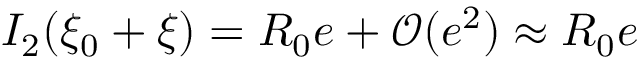
I _ { 2 } ( \xi _ { 0 } + \xi ) = R _ { 0 } e + \mathcal { O } ( e ^ { 2 } ) \approx R _ { 0 } e